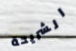
الشريحة